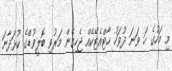
މި މަހުގެ ހަ ވަނަ ދުވަހު ހާޓްއެޓޭކެއް ޖެހިގެން މަރުވި ބޮލީވުޑްގެ ކުޅަދާނަ